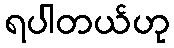
ရပါတယ်ဟု